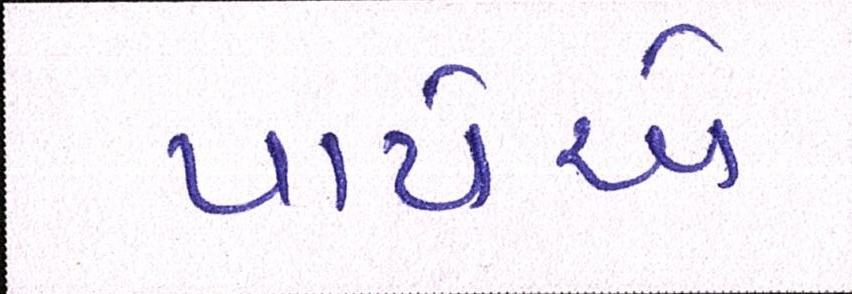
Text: પાયેએ